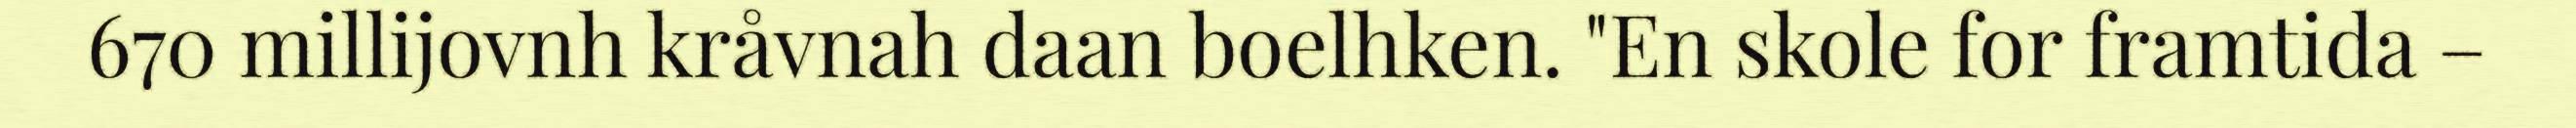
670 millijovnh kråvnah daan boelhken. "En skole for framtida –